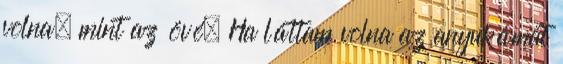
volna, mint az övé. Ha láttam volna az anyukámat